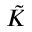
\tilde { K }